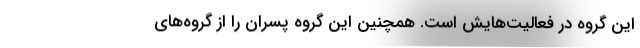
این گروه در فعالیت‌هایش است. همچنین این گروه پسران را از گروه‌های